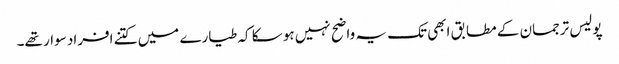
پولیس ترجمان کے مطابق ابھی تک یہ واضح نہیں ہو سکا کہ طیارے میں کتنے افراد سوار تھے۔